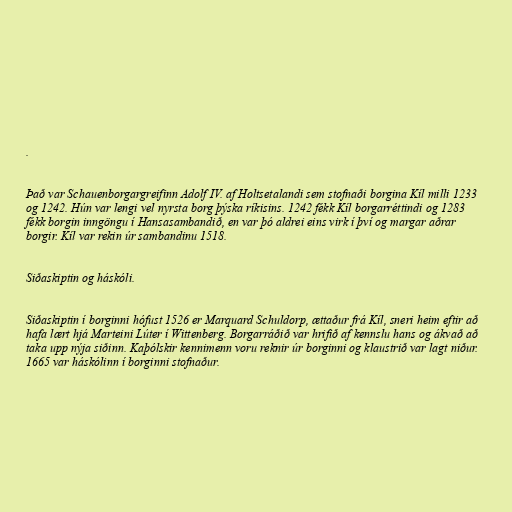
.

Það var Schauenborgargreifinn Adolf IV. af Holtsetalandi sem stofnaði borgina Kíl milli 1233
og 1242. Hún var lengi vel nyrsta borg þýska ríkisins. 1242 fékk Kíl borgarréttindi og 1283
fékk borgin inngöngu í Hansasambandið, en var þó aldrei eins virk í því og margar aðrar
borgir. Kíl var rekin úr sambandinu 1518.

Siðaskiptin og háskóli.

Siðaskiptin í borginni hófust 1526 er Marquard Schuldorp, ættaður frá Kíl, sneri heim eftir að
hafa lært hjá Marteini Lúter í Wittenberg. Borgarráðið var hrifið af kennslu hans og ákvað að
taka upp nýja siðinn. Kaþólskir kennimenn voru reknir úr borginni og klaustrið var lagt niður.
1665 var háskólinn í borginni stofnaður.